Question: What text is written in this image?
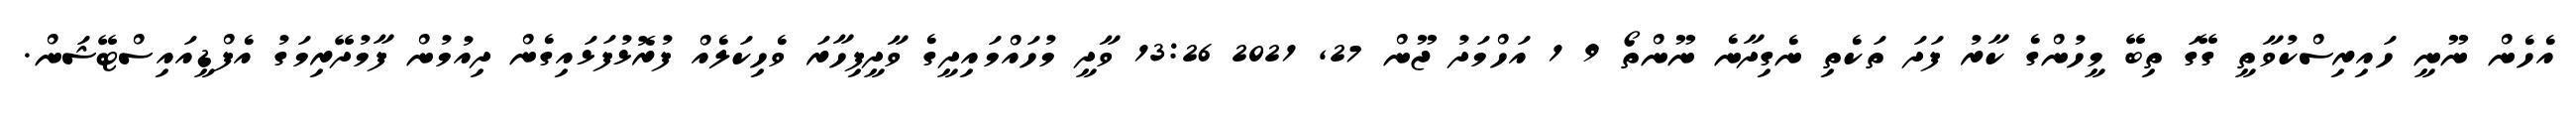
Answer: އެހެން ނޫނީ ހައިރިސްކުވާތީ ގޭގަ ތިބޭ މީހުންގެ ކާރު ފަދަ ތަކެތި ނެގިދާނެ ނޫންތޯ 9 1 އަހްމަދު ޖޫން 27, 2021 13:26 ވާދީ މުހައްމައިދީގެ ވާދީފިހާރަ ވެހިކަލެއް ފުރޮޅުފަޅައިގެން ދިއުމުން ފާމުދޭރިމަގު އެފްޑީއައިސްޓޭޝަން.